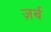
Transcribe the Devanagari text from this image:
ज़र्ब